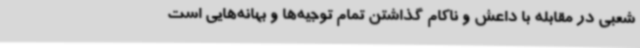
شعبی در مقابله با داعش و ناکام گذاشتن تمام توجیه‌ها و بهانه‌هایی است